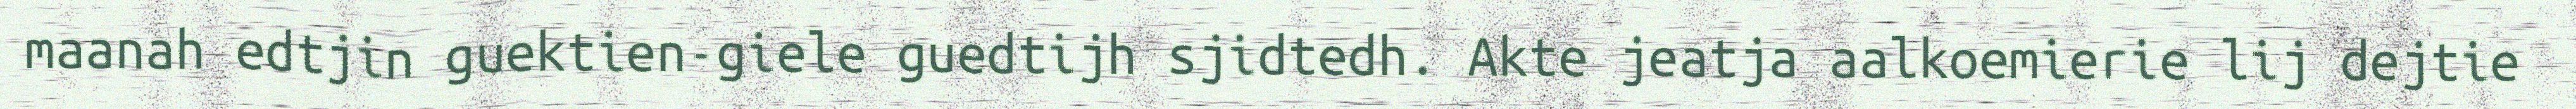
maanah edtjin guektien-giele guedtijh sjidtedh. Akte jeatja aalkoemierie lij dejtie